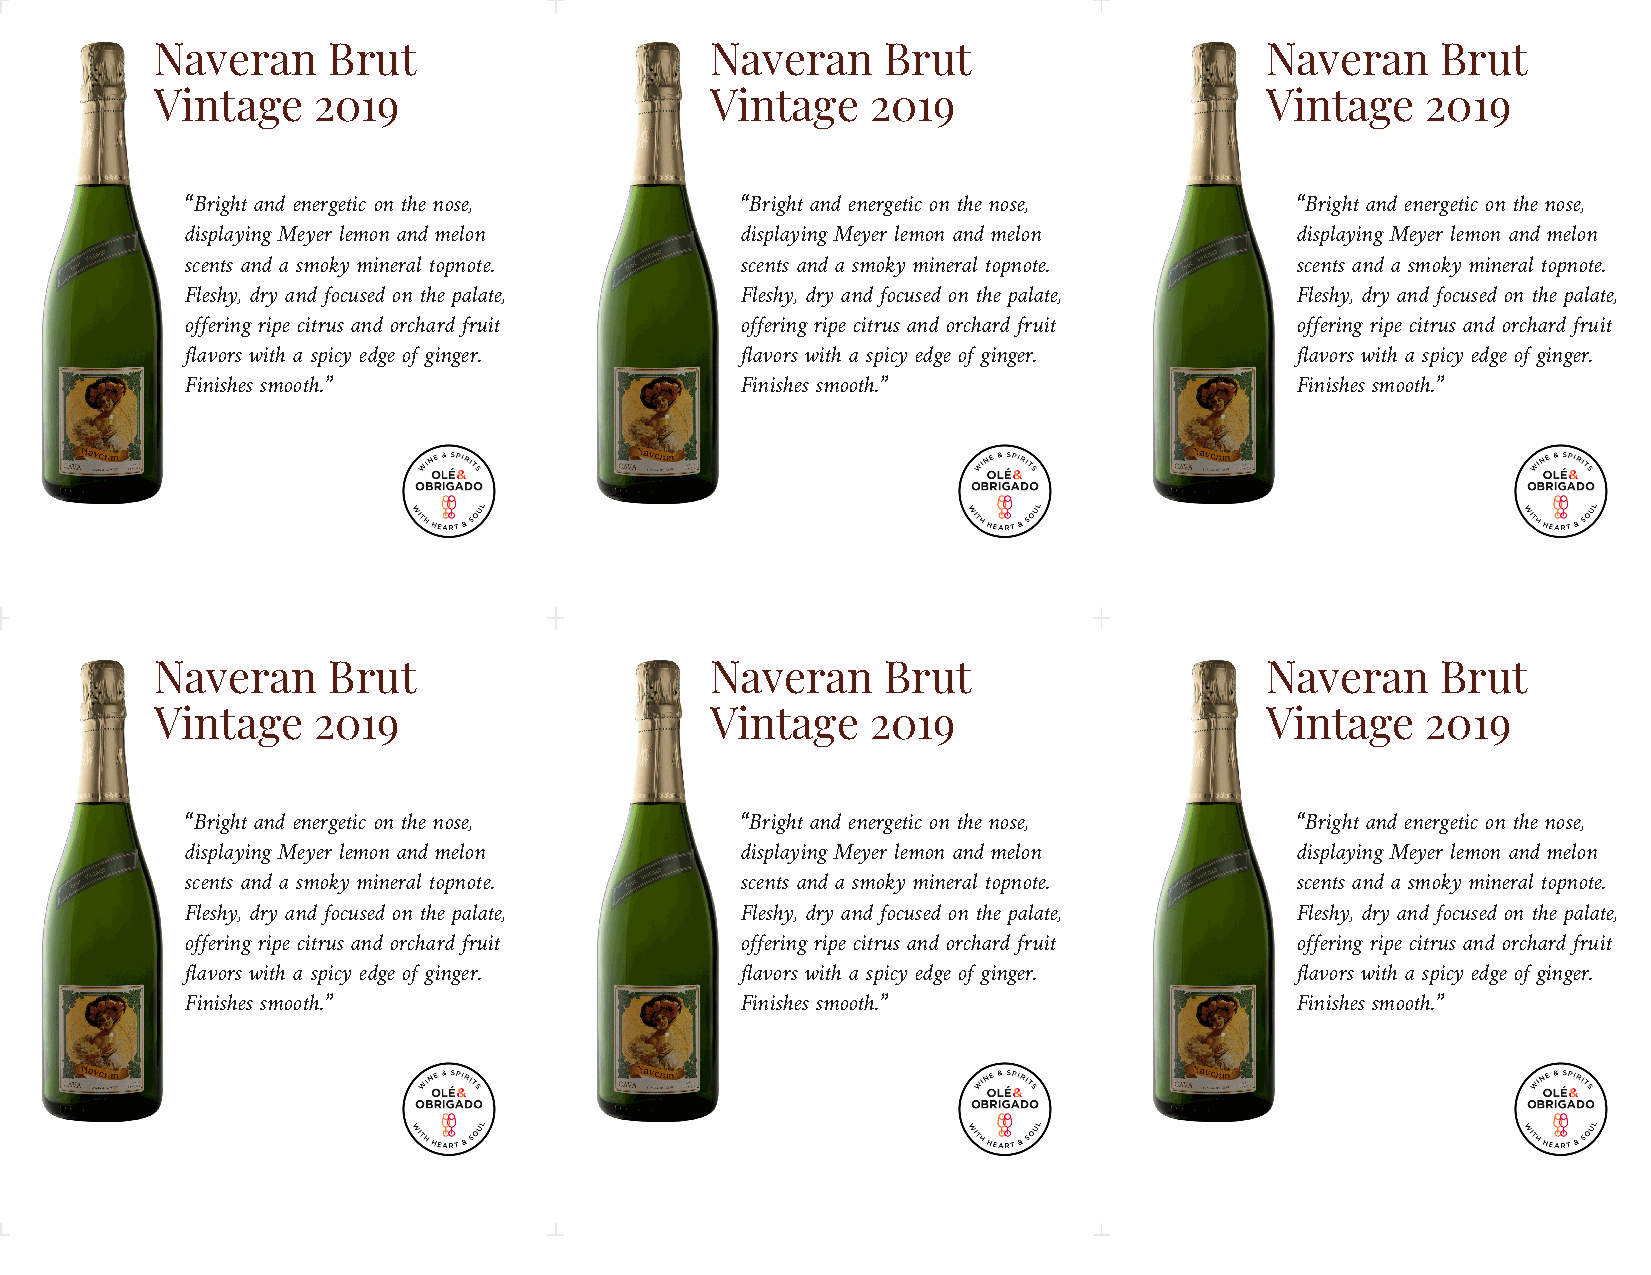
Naveran     Brut                     Naveran     Brut                     Naveran    Brut
 Vintage    2019                      Vintage    2019                      Vintage   2019
 “Bright and energetic on the nose,   “Bright and energetic on the nose,   “Bright and energetic on the nose,
 displaying Meyer lemon and melon     displaying Meyer lemon and melon     displaying Meyer lemon and melon
 scents and a smoky mineral topnote.  scents and a smoky mineral topnote.  scents and a smoky mineral topnote.
 Fleshy, dry and focused on the palate, Fleshy, dry and focused on the palate, Fleshy, dry and focused on the palate,
 offering ripe citrus and orchard fruit offering ripe citrus and orchard fruit offering ripe citrus and orchard fruit
 flavors with a spicy edge of ginger. flavors with a spicy edge of ginger. flavors with a spicy edge of ginger.
 Finishes smooth.”                    Finishes smooth.”                    Finishes smooth.”
 Naveran     Brut                     Naveran     Brut                     Naveran    Brut
 Vintage    2019                      Vintage    2019                      Vintage   2019
 “Bright and energetic on the nose,   “Bright and energetic on the nose,   “Bright and energetic on the nose,
 displaying Meyer lemon and melon     displaying Meyer lemon and melon     displaying Meyer lemon and melon
 scents and a smoky mineral topnote.  scents and a smoky mineral topnote.  scents and a smoky mineral topnote.
 Fleshy, dry and focused on the palate, Fleshy, dry and focused on the palate, Fleshy, dry and focused on the palate,
 offering ripe citrus and orchard fruit offering ripe citrus and orchard fruit offering ripe citrus and orchard fruit
 flavors with a spicy edge of ginger. flavors with a spicy edge of ginger. flavors with a spicy edge of ginger.
 Finishes smooth.”                    Finishes smooth.”                    Finishes smooth.”